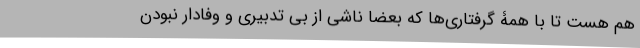
هم هست تا با همۀ گرفتاری‌ها که بعضا ناشی از بی تدبیری و وفادار نبودن